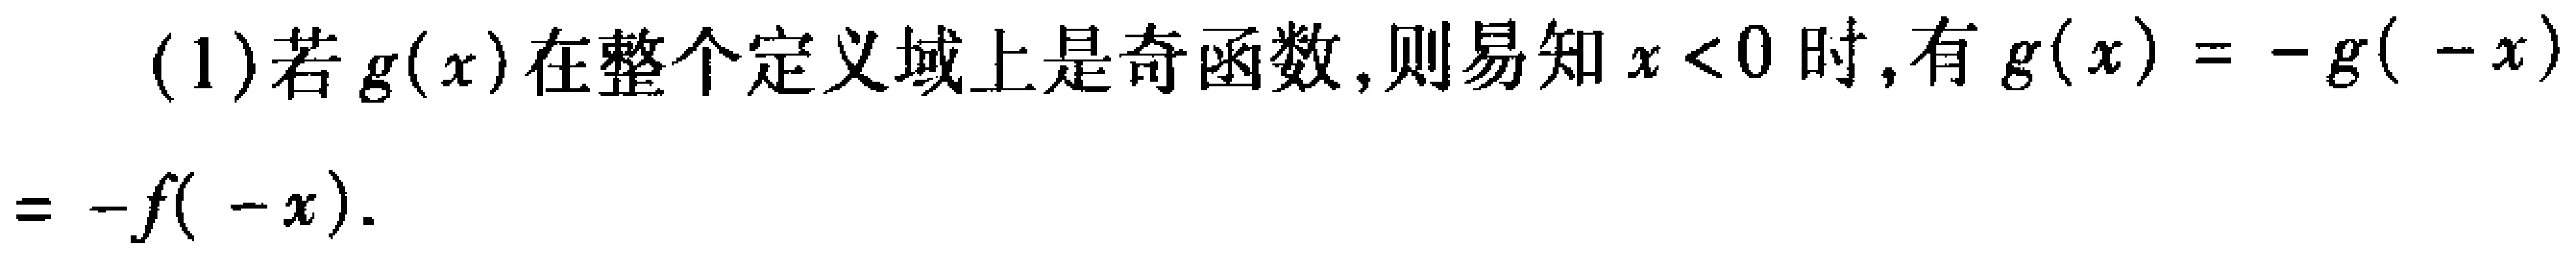
(1)若\(g(x)\)在整个定义域上是奇函数，则易知\(x < 0\)时，有\(g(x)=-g(-x)\)

\(=-f(-x)\)。